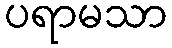
ပရာမသာ